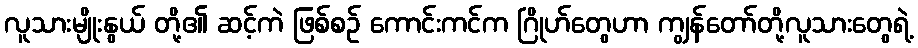
လူသားမျိုးနွယ် တို့၏ ဆင့်ကဲ ဖြစ်စဉ် ကောင်းကင်က ဂြိုဟ်တွေဟာ ကျွန်တော်တို့လူသားတွေရဲ့